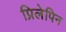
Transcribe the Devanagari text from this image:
प्रिलेपिन